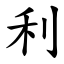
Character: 利